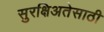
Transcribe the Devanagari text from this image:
सुरक्षिअतेसाठी